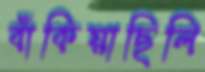
বাঁকিয়াছিলি